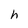
Character: h